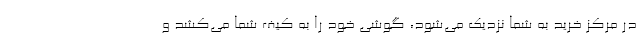
در مرکز خرید به شما نزدیک می‌شود، گوشی خود را به کیف شما می‌کشد و